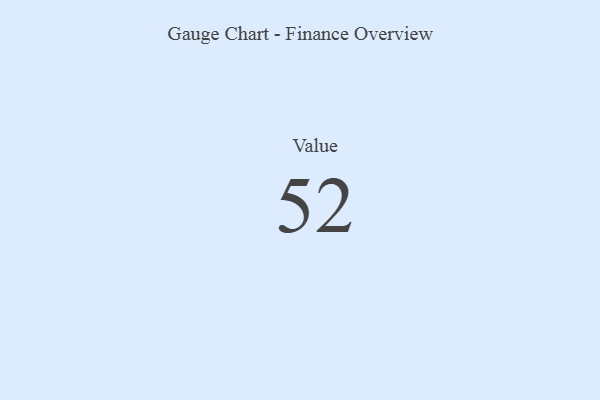
{"axis": {"x": "Metric", "y": "Value"}, "legend": [""], "data": [{"x": "Value", "y": 52, "type": ""}]}